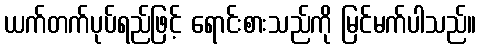
ယက်တက်ပုပ်ရည်ဖြင့် ရောင်းစားသည်ကို မြင်မက်ပါသည်။